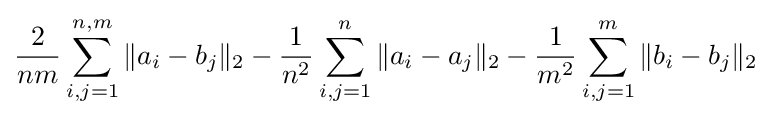
{\frac {2}{nm}}\sum _{i,j=1}^{n,m}\|a_{i}-b_{j}\|_{2}-{\frac {1}{n^{2}}}\sum _{i,j=1}^{n}\|a_{i}-a_{j}\|_{2}-{\frac {1}{m^{2}}}\sum _{i,j=1}^{m}\|b_{i}-b_{j}\|_{2}